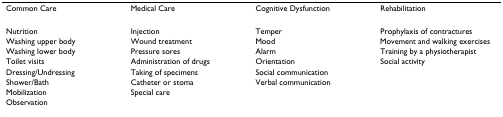
<table><thead><tr><td><b>Common Care</b></td><td><b>Medical Care</b></td><td><b>Cognitive Dysfunction</b></td><td><b>Rehabilitation</b></td></tr></thead><tbody><tr><td>Nutrition</td><td>Injection</td><td>Temper</td><td>Prophylaxis of contractures</td></tr><tr><td>Washing upper body</td><td>Wound treatment</td><td>Mood</td><td>Movement and walking exercises</td></tr><tr><td>Washing lower body</td><td>Pressure sores</td><td>Alarm</td><td>Training by a physiotherapist</td></tr><tr><td>Toilet visits</td><td>Administration of drugs</td><td>Orientation</td><td>Social activity</td></tr><tr><td>Dressing/Undressing</td><td>Taking of specimens</td><td>Social communication</td><td></td></tr><tr><td>Shower/Bath</td><td>Catheter or stoma</td><td>Verbal communication</td><td></td></tr><tr><td>Mobilization</td><td>Special care</td><td></td><td></td></tr><tr><td>Observation</td><td></td><td></td><td></td></tr></tbody></table>